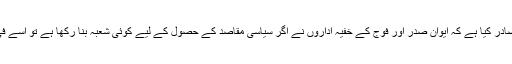
عدالت نے یہ حکم بھی صادر کیا ہے کہ ایوان صدر اور فوج کے خفیہ اداروں نے اگر سیاسی مقاصد کے حصول کے لیے کوئی شعبہ بنا رکھا ہے تو اسے فی الفور ختم کر دیا جائے۔